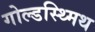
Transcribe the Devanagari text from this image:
गोल्डस्थ्मिथ